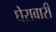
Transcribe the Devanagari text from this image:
घेराबारी